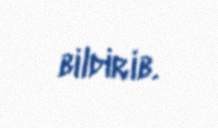
bildirib.